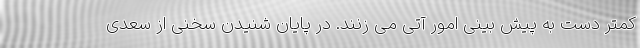
کمتر دست به پیش بینی امور آتی می زنند. در پایان شنیدن سخنی از سعدی